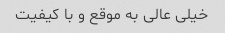
خیلی عالی به موقع و با کیفیت